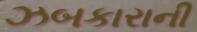
ઝબકારાની